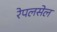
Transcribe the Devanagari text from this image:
रेपलसेल